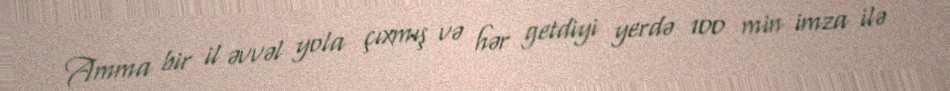
Amma bir il əvvəl yola çıxmış və hər getdiyi yerdə 100 min imza ilə